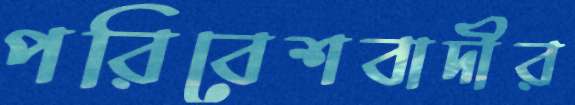
পরিবেশবাদীর